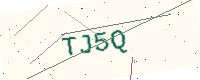
Text: TJ5Q